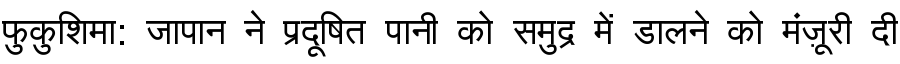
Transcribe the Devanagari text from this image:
फुकुशिमा: जापान ने प्रदूषित पानी को समुद्र में डालने को मंज़ूरी दी